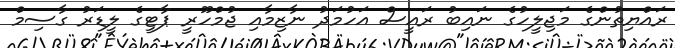
ރައްޔިތުންގެ މަޖިލީހުގެ ނައިބު ރައީސް އަހުމަދު ނާޒިމާއި ޖުމްހޫރީ ޕާޓީގެ ލީޑަރު ގާސިމް